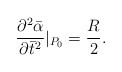
\begin{align*}\frac{\partial^2\bar{\alpha}}{\partial \bar{t}^2}|_{P_0} =\frac{R}{2} .\end{align*}